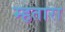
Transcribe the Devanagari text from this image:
म्हतारा